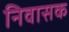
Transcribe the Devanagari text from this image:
निवासक